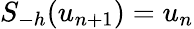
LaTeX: S_{-h}(u_{n+1})=u_{n}